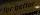
for